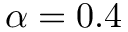
\alpha = 0 . 4